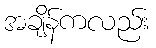
အချိန်ကလည်း